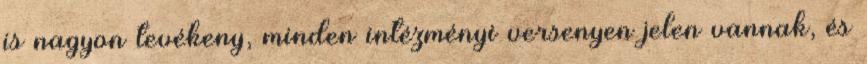
is nagyon tevékeny, minden intézményi versenyen jelen vannak, és